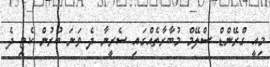
މިއީ ގްރޭންޑް ސްލޭމް މުބާރާތެއްގައި ސެރީނާ ދެ ވަނަ ބުރުން ކެޓި ދެ